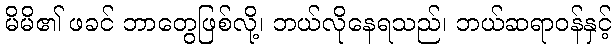
မိမိ၏ ဖခင် ဘာတွေဖြစ်လို့၊ ဘယ်လိုနေရသည်၊ ဘယ်ဆရာဝန်နှင့်